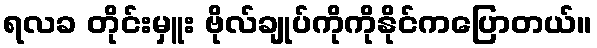
ရလခ တိုင်းမှူး ဗိုလ်ချုပ်ကိုကိုနိုင်ကပြောတယ်။